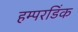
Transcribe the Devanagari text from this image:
हम्परडिंक